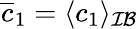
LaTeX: \overline{c}_{1}=\langle c_{1}\rangle_{\mathcal{IB}}